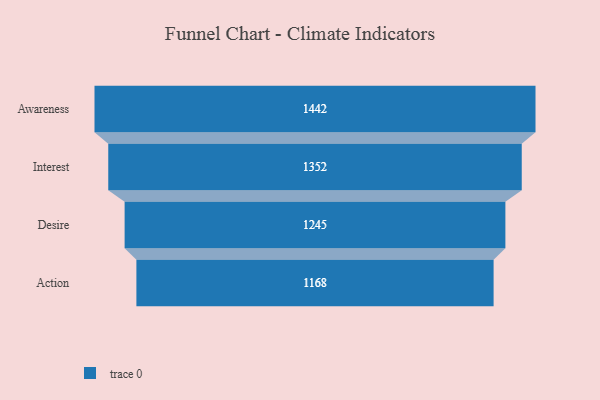
{"axis": {"x": "Stage", "y": "Value"}, "legend": [""], "data": [{"x": "Awareness", "y": 1442.0, "type": ""}, {"x": "Interest", "y": 1352.0, "type": ""}, {"x": "Desire", "y": 1245.0, "type": ""}, {"x": "Action", "y": 1168.0, "type": ""}]}